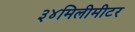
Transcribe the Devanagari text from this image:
३४मिलीमीटर